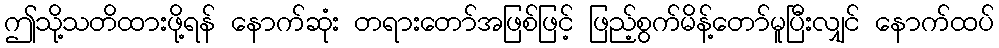
ဤသို့သတိထားဖို့ရန် နောက်ဆုံး တရားတော်အဖြစ်ဖြင့် ဖြည့်စွက်မိန့်တော်မူပြီးလျှင် နောက်ထပ်